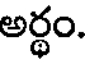
అర్థం.